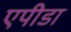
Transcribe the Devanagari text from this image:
एपीडा